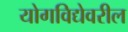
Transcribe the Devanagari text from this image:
योगविद्येवरील